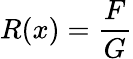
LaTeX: R(x)={\frac{F}{G}}